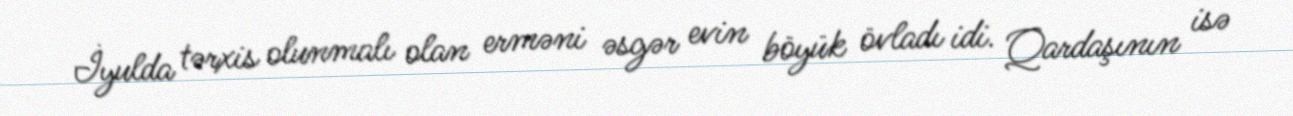
İyulda tərxis olunmalı olan erməni əsgər evin böyük övladı idi. Qardaşının isə